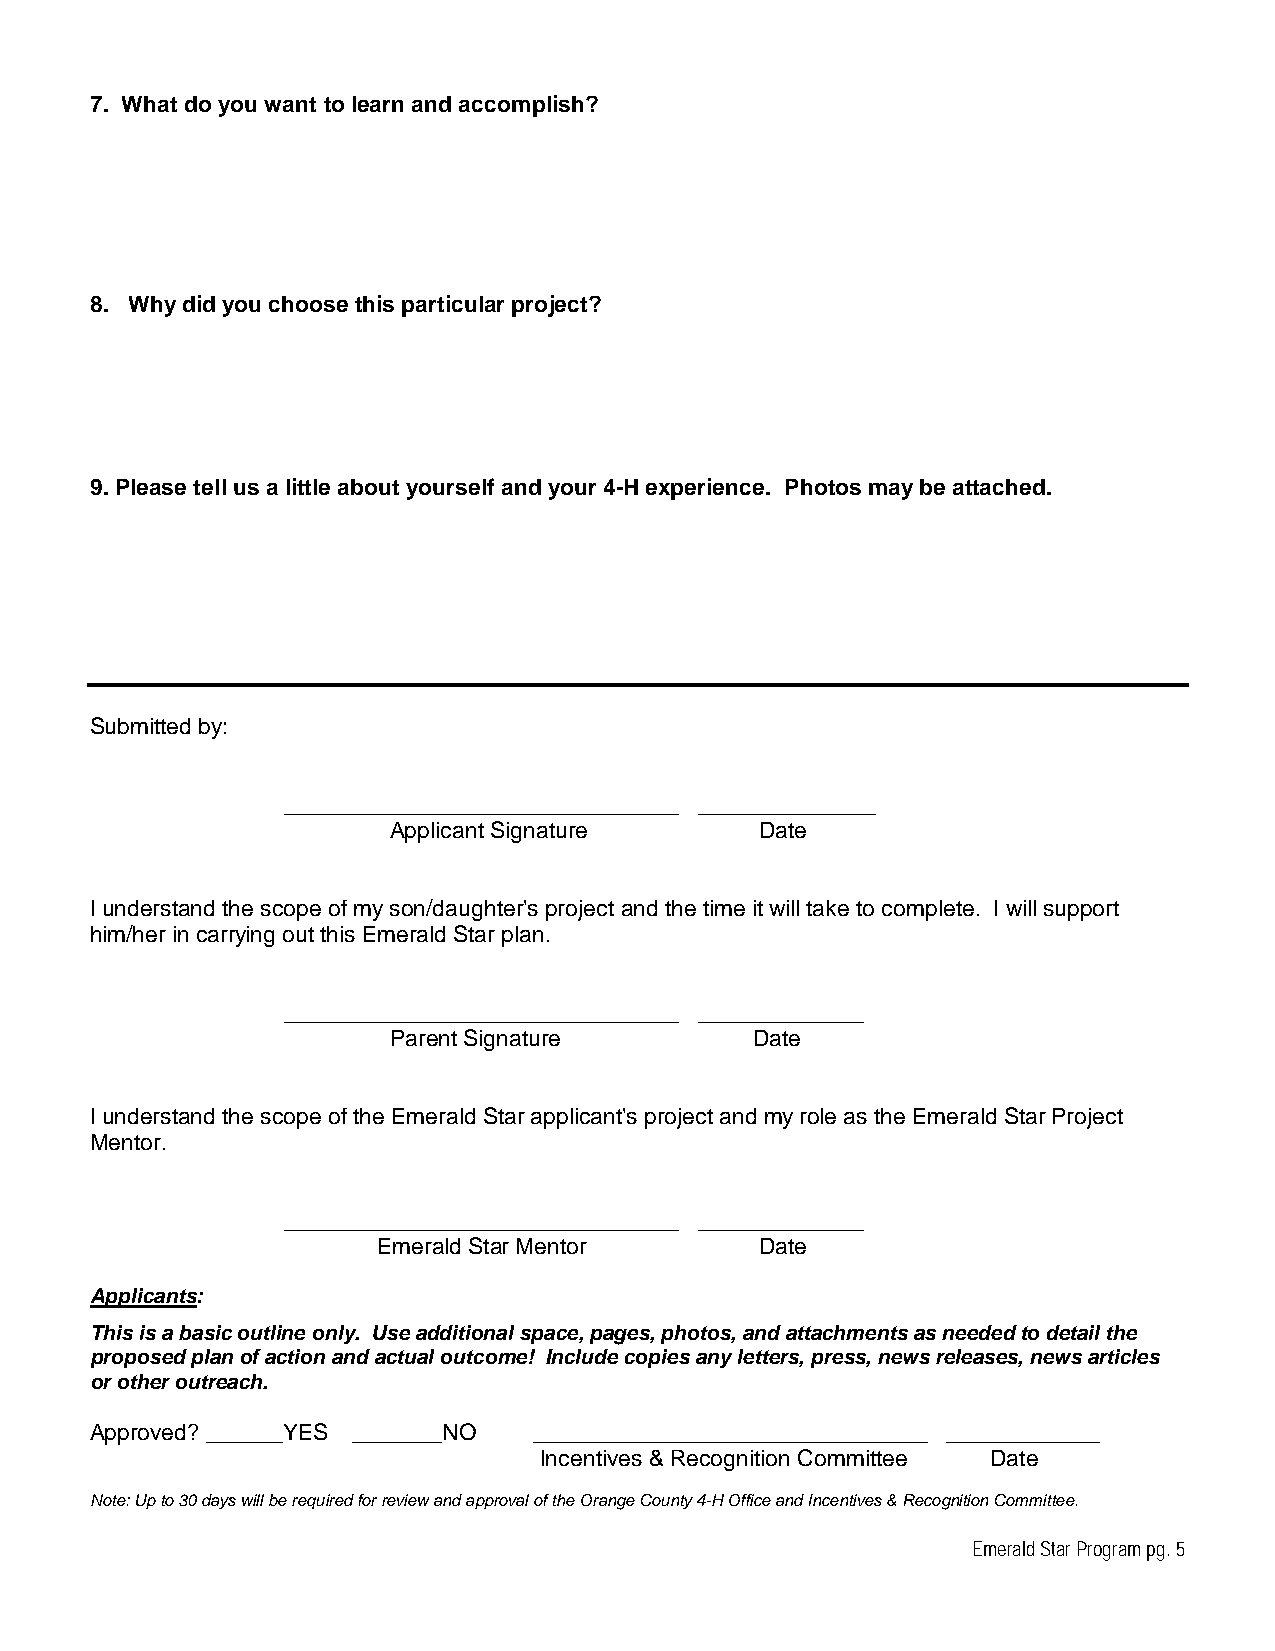
7. What do you want to learn and accomplish?
 8. Why did you choose this particular project?
 9. Please tell us a little about yourself and your 4-H experience. Photos may be attached.
 Submitted by:
 _______________________________ ______________
 Applicant Signature     Date
 I understand the scope of my son/daughter's project and the time it will take to complete. I will support
 him/her in carrying out this Emerald Star plan.
 _______________________________ _____________
 Parent Signature        Date
 I understand the scope of the Emerald Star applicant's project and my role as the Emerald Star Project
 Mentor.
 _______________________________ _____________
 Emerald Star Mentor      Date
 Applicants:
 This is a basic outline only. Use additional space, pages, photos, and attachments as needed to detail the
 proposed plan of action and actual outcome! Include copies any letters, press, news releases, news articles
 or other outreach.
 Approved? ______YES _______NO _______________________________ ____________
 Incentives & Recognition Committee Date
 Note: Up to 30 days will be required for review and approval of the Orange County 4-H Office and Incentives & Recognition Committee.
 Emerald Star Program pg. 5